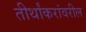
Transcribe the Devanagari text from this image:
तीर्थांकरांवरील